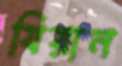
যিয়ান